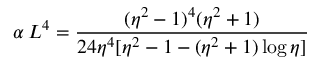
\alpha \, L ^ { 4 } = \frac { ( \eta ^ { 2 } - 1 ) ^ { 4 } ( \eta ^ { 2 } + 1 ) } { 2 4 \eta ^ { 4 } [ \eta ^ { 2 } - 1 - ( \eta ^ { 2 } + 1 ) \log { \eta } ] }